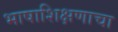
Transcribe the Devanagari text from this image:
भाषाशिक्षणाचा